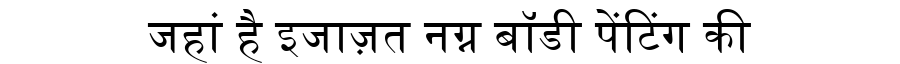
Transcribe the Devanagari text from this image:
जहां है इजाज़त नग्न बॉडी पेंटिंग की